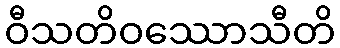
ဝီသတိဝဿောသီတိ